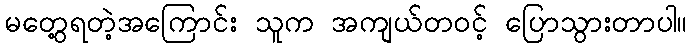
မတွေ့ရတဲ့အကြောင်း သူက အကျယ်တဝင့် ပြောသွားတာပါ။